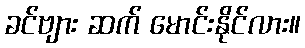
ခင်ဗျား ဆက် မောင်းနိုင်လား။